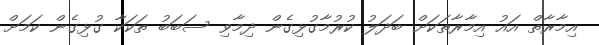
އިމާރާތް އައު އިމާރާތަކަށް ބަދަލު ކުރުމާގުޅިގެން ދިމާވި ސަބަބު ތަކަކާ ގުޅިގެން ކަމަށް